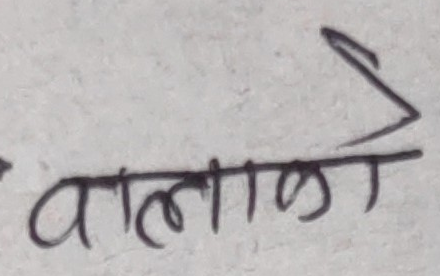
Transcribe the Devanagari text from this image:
वालाळा